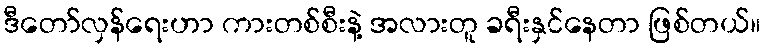
ဒီတော်လှန်ရေးဟာ ကားတစ်စီးနဲ့ အလားတူ ခရီးနှင်နေတာ ဖြစ်တယ်။